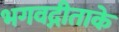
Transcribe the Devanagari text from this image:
भगवद्गीताके